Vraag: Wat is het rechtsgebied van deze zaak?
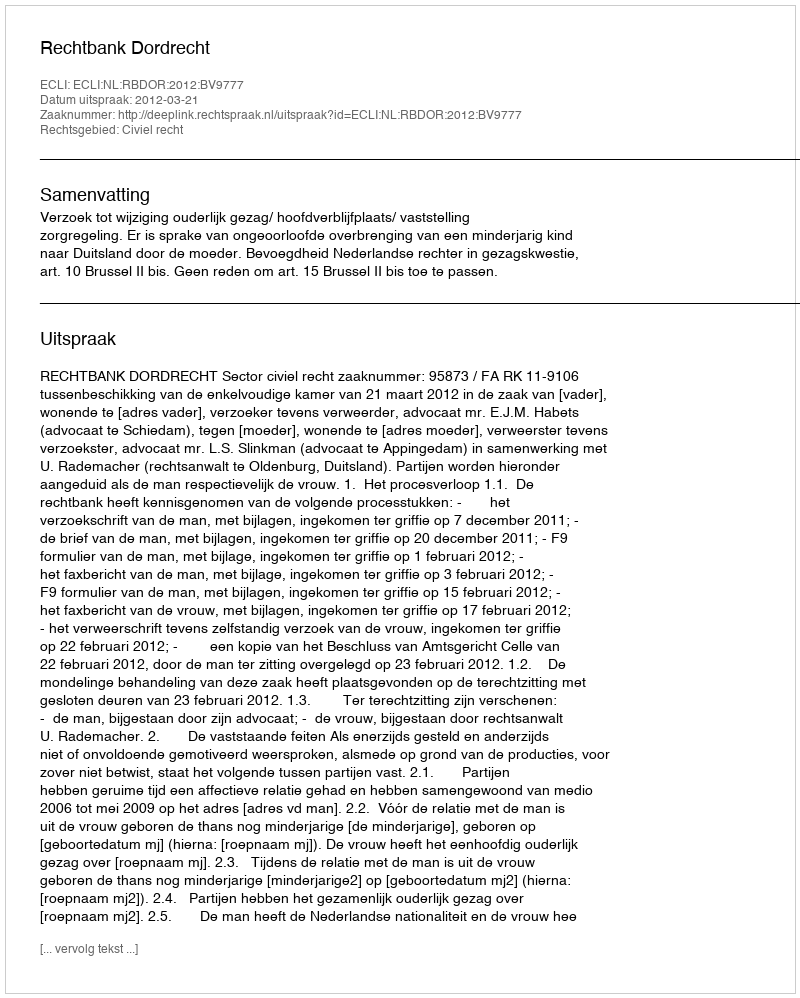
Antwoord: Civiel recht